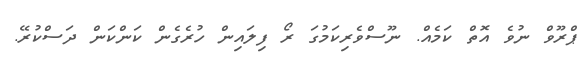
ޕްރޫވް ނުވެ އޮތް ކަމެއް. ނޫސްވެރިކަމުގަ ރޯ ފިލައިން ހުރެގެން ކަންކަން ދަސްކުރޭ.